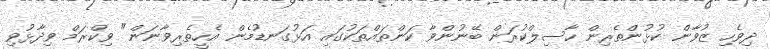
ދިވެހި ޒުވާން ކުޅުންތެރިން ހާސިލްކުރަން ބޭނުންވާ ކަންތައްތަކުގައި އަޅުގަނޑުމެން އެހީތެރިވާނަން" ވިކްރަމް ވިދާޅުވި